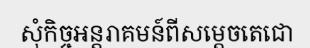
សុំកិច្ចអន្តរាគមន៍ពីសម្តេចតេជោ